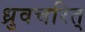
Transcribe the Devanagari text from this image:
ध्रुवचरित्